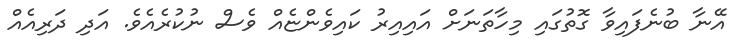
އޭނާ ބުނެފައިވާ ގޮތުގައި މިހާތަނަށް އައިއިރު ކައިވެންޏެއް ވެސް ނުކުރެއެވެ. އަދި ދަރިއެއް